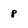
Character: P